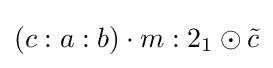
\left(c:a:b\right)\cdot m:2_{1}\odot {\tilde {c}}